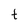
Character: t